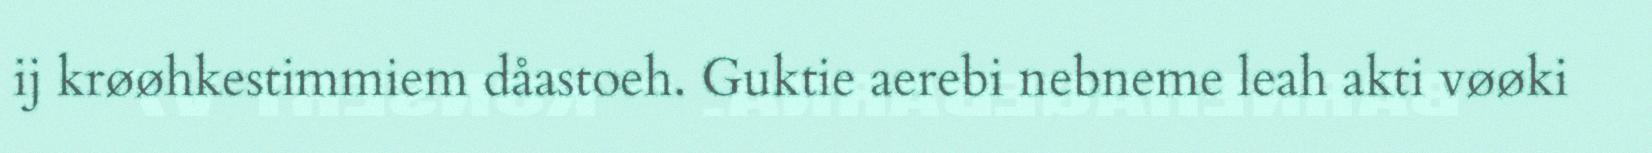
ij krøøhkestimmiem dåastoeh. Guktie aerebi nebneme leah akti vøøki